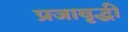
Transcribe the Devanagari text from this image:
प्रजावृद्धी